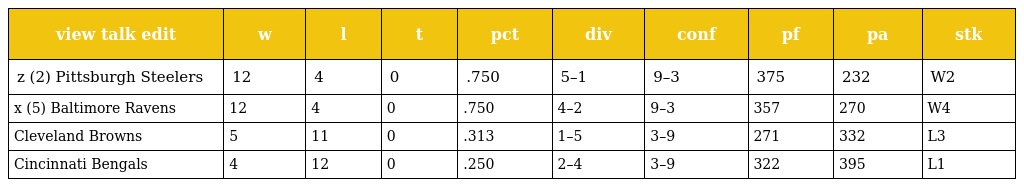
| view talk edit | w | l | t | pct | div | conf | pf | pa | stk |
 | --- | --- | --- | --- | --- | --- | --- | --- | --- | --- |
 | z (2) Pittsburgh Steelers | 12 | 4 | 0 | .750 | 5–1 | 9–3 | 375 | 232 | W2 |
 | x (5) Baltimore Ravens | 12 | 4 | 0 | .750 | 4–2 | 9–3 | 357 | 270 | W4 |
 | Cleveland Browns | 5 | 11 | 0 | .313 | 1–5 | 3–9 | 271 | 332 | L3 |
 | Cincinnati Bengals | 4 | 12 | 0 | .250 | 2–4 | 3–9 | 322 | 395 | L1 |